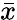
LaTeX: \bar{x}